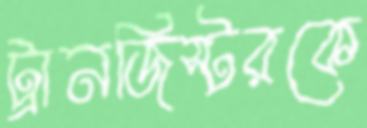
ট্রানজিস্টরকে